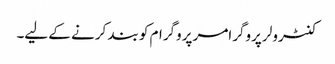
کنٹرولر پروگرامر پروگرام کو بند کرنے کے لیے۔